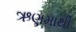
ઋણમાથી